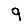
Digit: 9